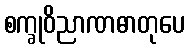
စက္ခုဝိညာဏဓာတုပေ